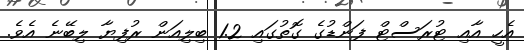
އެހީ އާއި ޓުރަސްޓް ފަންޑުގެ ގޮތުގައި 1.2 ބިލިއަން ރުފިޔާ ލިބޭނެ އެވެ.